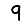
Digit: 9